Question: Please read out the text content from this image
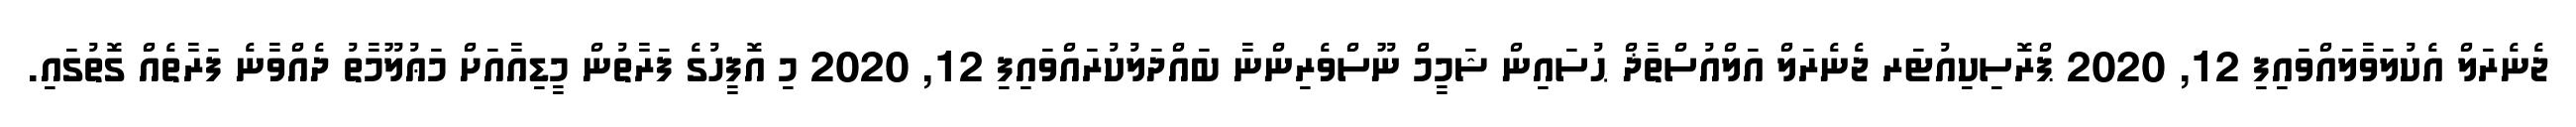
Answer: ޖެނެރަލް އެކުލަވާލައްވައިފި 12, 2020 ޕްރޮސިކިއުޓަރ ޖެނެރަލް އަލްއުސްތާޛް ޙުސައިން ޝަމީމް ނޫސްވެރިންނާ ބައްދަލުކުރައްވައިފި 12, 2020 މި އޮފީހުގެ ފަރާތުން މީޑިއާއަށް މަޢުލޫމާތު ދެއްވާނެ ފަރާތެއް ގޮތުގައި.